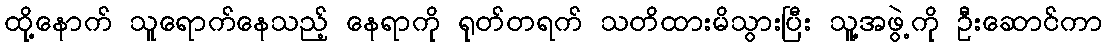
ထို့နောက် သူရောက်နေသည့် နေရာကို ရုတ်တရက် သတိထားမိသွားပြီး သူ့အဖွဲ့ကို ဦးဆောင်ကာ